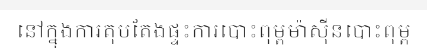
នៅក្នុងការតុបតែងផ្ទះការបោះពុម្ពម៉ាស៊ីនបោះពុម្ព